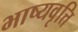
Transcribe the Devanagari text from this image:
भाष्यवृत्ति